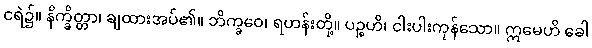
ငရဲ၌။ နိက္ခိတ္တာ၊ ချထားအပ်၏။ ဘိက္ခဝေ၊ ရဟန်းတို့။ ပဉ္စဟိ၊ ငါးပါးကုန်သော။ ဣမေဟိ ခေါ